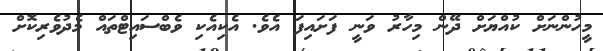
މީހުންނަށް ކުއްޔަށް ދޭން މިހާރު ވަނީ ފަށައިފަ އެވެ. އެކިއެކި ވެބްސައިޓްތައް މެދުވެރިކޮށް